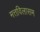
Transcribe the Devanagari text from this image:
मत्तविलासम